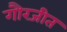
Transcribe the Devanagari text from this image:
गौरजीत